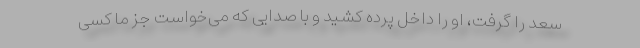
سعد را گرفت، او را داخل پرده کشید و با صدایی که می‌خواست جز ما کسی